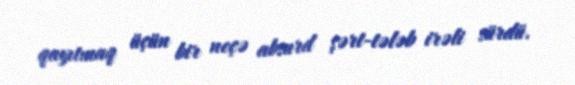
qayıtmaq üçün bir neçə absurd şərt-tələb irəli sürdü.